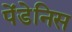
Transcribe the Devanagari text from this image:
पेंडेनिस